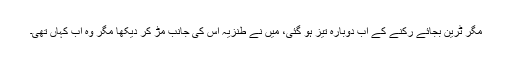
مگر ٹرین بجائے رکنے کے اب دوبارہ تیز ہو گئی، میں نے طنزیہ اس کی جانب مڑ کر دیکھا مگر وہ اب کہاں تھی۔